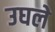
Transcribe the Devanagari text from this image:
उघले